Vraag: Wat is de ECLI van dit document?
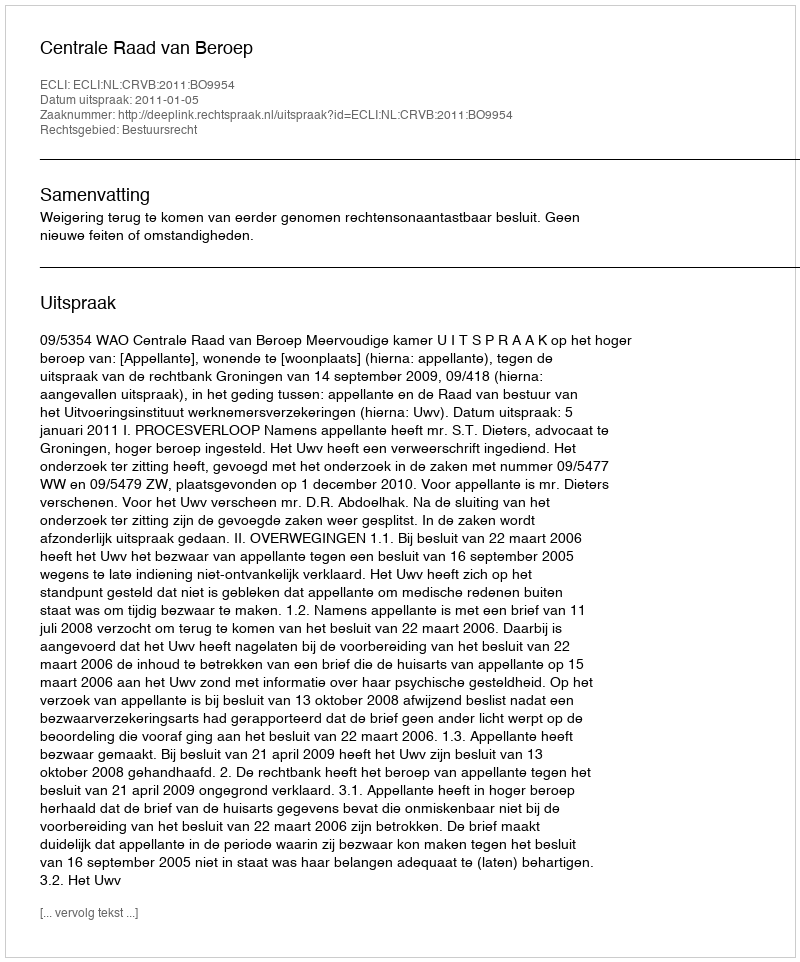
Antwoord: ECLI:NL:CRVB:2011:BO9954